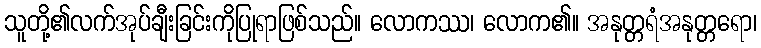
သူတို့၏လက်အုပ်ချီးခြင်းကိုပြုရာဖြစ်သည်။ လောကဿ၊ လောက၏။ အနုတ္တရံအနုတ္တရော၊